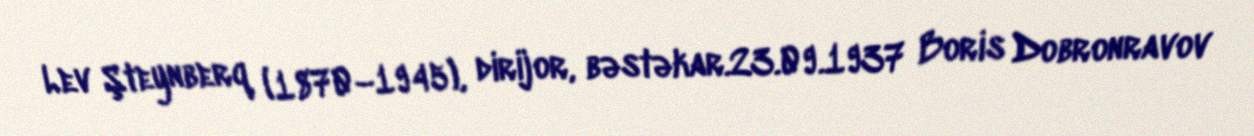
Lev Şteynberq (1870–1945), dirijor, bəstəkar.23.09.1937 Boris Dobronravov